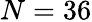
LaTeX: N=36